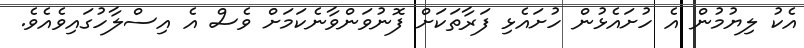
އެކު ލިޔުމުން އެ ހުށައެޅުން ހުށައެޅި ފަރާތަކަށް ފޮނުވަންވާނެކަމަށް ވެސް އެ އިސްލާހުގައިވެއެވެ.